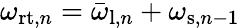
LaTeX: \omega_{\mathrm{rt},n}=\bar{\omega}_{\mathrm{l},n}+\omega_{\mathrm{s},n-1}